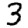
Digit: 3